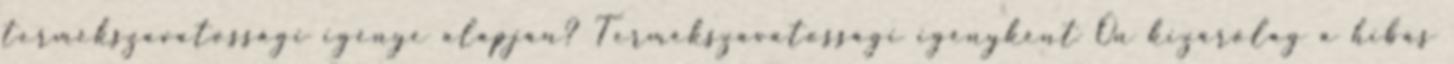
termékszavatossági igénye alapján? Termékszavatossági igényként Ön kizárólag a hibás